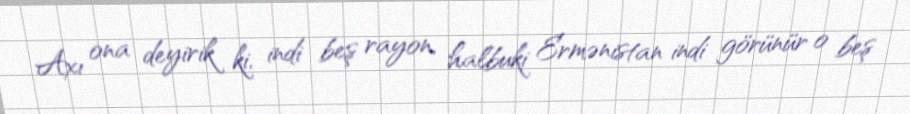
Axı ona deyirik ki, indi beş rayon, halbuki Ermənistan indi görünür o beş